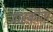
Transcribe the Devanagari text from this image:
माह्कोता